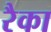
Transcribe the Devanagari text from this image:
रैका